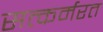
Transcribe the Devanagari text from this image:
सत्कर्मरत